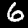
Digit: 6